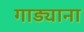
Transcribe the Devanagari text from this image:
गाड्याना